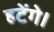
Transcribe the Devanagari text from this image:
हटेंगे।